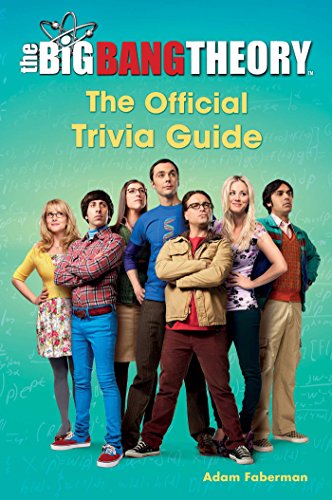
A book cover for The Big Bang Theory: The Official Trivia Guide; Adam Faberman; Humor & Entertainment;